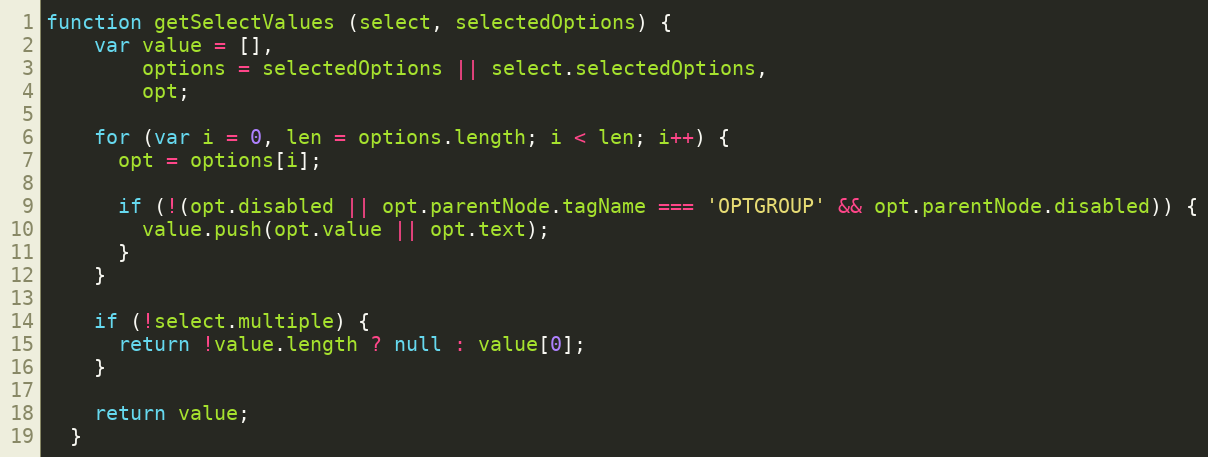
Language: JavaScript
function getSelectValues (select, selectedOptions) {
    var value = [],
        options = selectedOptions || select.selectedOptions,
        opt;

    for (var i = 0, len = options.length; i < len; i++) {
      opt = options[i];

      if (!(opt.disabled || opt.parentNode.tagName === 'OPTGROUP' && opt.parentNode.disabled)) {
        value.push(opt.value || opt.text);
      }
    }

    if (!select.multiple) {
      return !value.length ? null : value[0];
    }

    return value;
  }